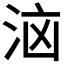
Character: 𭰔